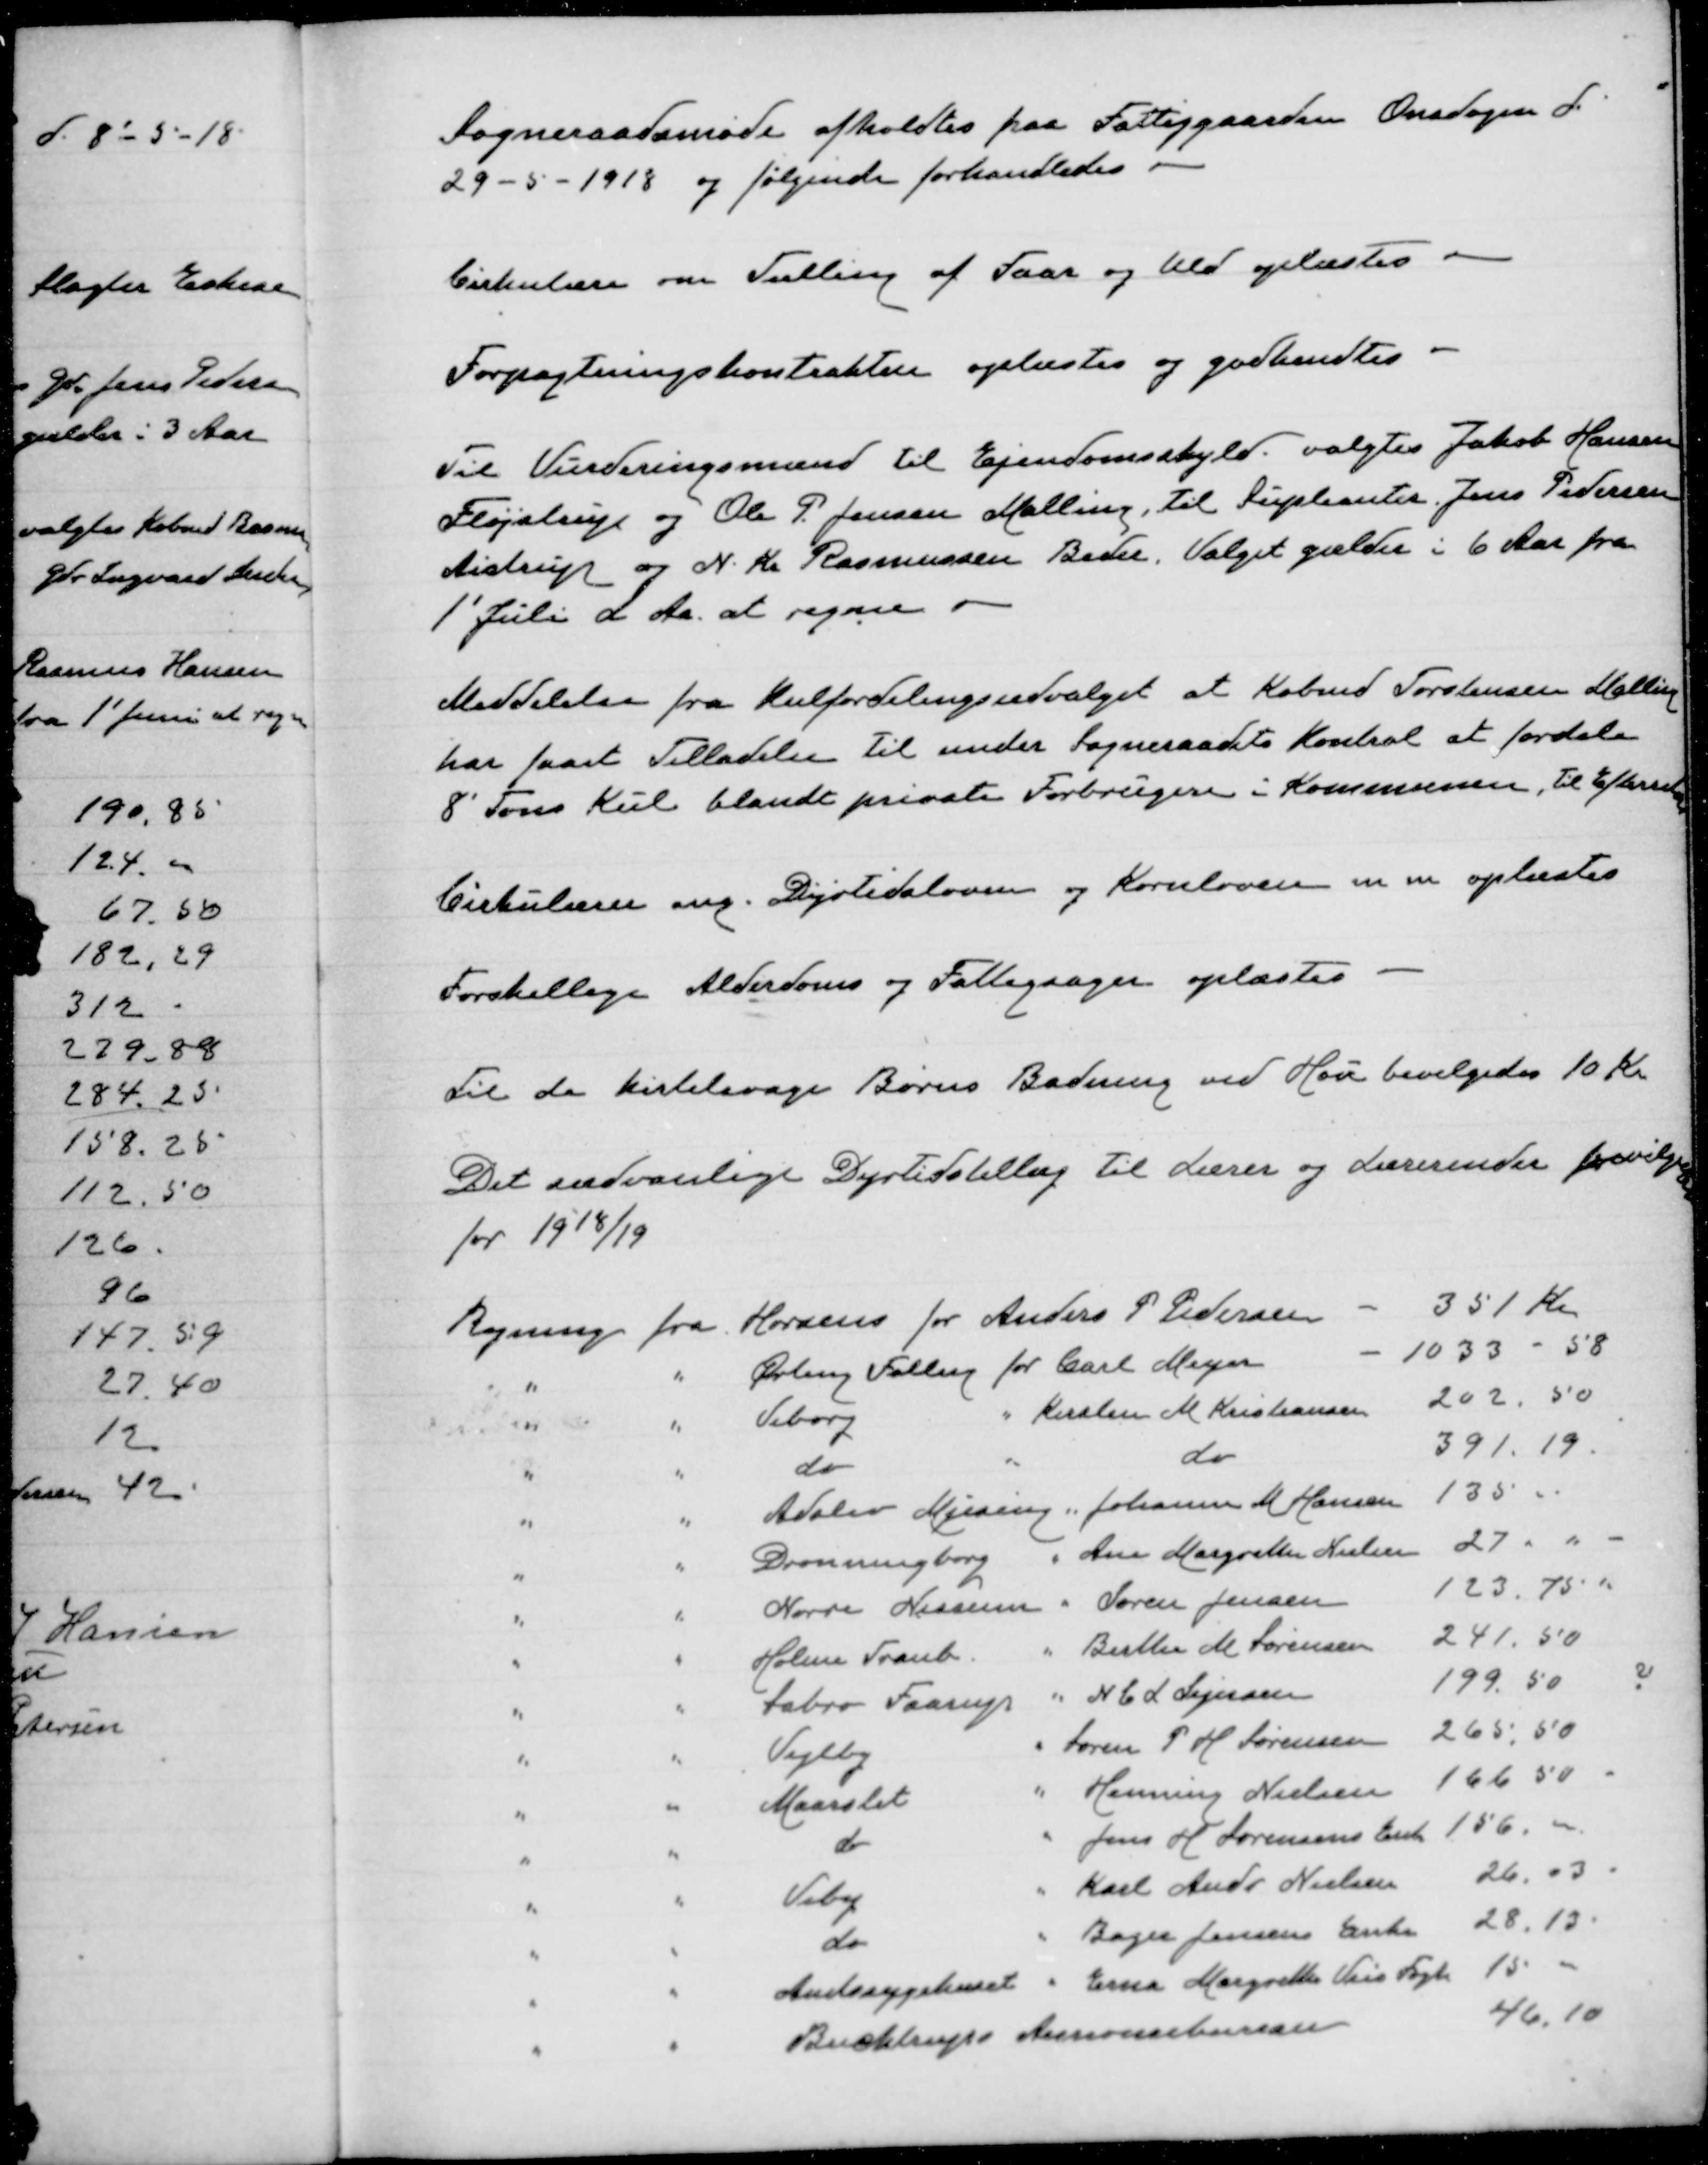
Transskription:
Sogneraadsmøde afholdtes paa Fattiggaarden Onsdagen d.
29-5-1918 og følgende forhandledes

Cirkulære om Tælling af Faar og Kid oplæstes

Forpagtningskontrakten oplæstes og godkendtes

Til Vurderingsmænd til ejendomsskyld valgtes Jakob Hansen
Fløjstrup og Ole P. Jensen Malling, Til supleanter Jens Pedersen
Aistrup og N. K. Rasmussen Beder. Valget gælder i 6 Aar fra
1' Juli d. Aa. at regne

Meddelelse fra kulfordelingsudvalget at Købmd Torstensen Malling
har faaet tilladelse til under sogneraadets Kontrol at fordele
8' ton kul blandt private Forbrugere i Kommunen, til efterretn

Cirkulære ang. Dyrtidsloven og Kornloven m m oplæstes

Forskellige Alderdoms og Fattigsager oplæstes

Til de kirtelsvage Børns Badning ved Hou bevilgedes 10 Kr

Det sædvanlige Dyrtidstillæg til Lærer og Lærerinder bevilgedes
for 1918/19

Regning fra Horsens for Anders P Pedersen
351 Kr
" " Ørting Falling for Carl Meyer
1033 - 58
"
"
Viborg
" Kirsten M Kristiansen 202,50
" " do
"
do
391,19
" " Adslev Mjesing " Johanne M Hansen 135."
" " Dronningborg " Ane Margrethe Nielsen 27. "
" " Nørre Nissum " Søren Jensen 123.75 "
" " Holme Tranb. " Buller M Sørensen 241.50
" " Sabro Faarup " N C L Sejersen
199.50 "
"
"
Vejlby " Søren P H Sørensen 265.50
"
"
Maarslet " Henning Nielsen 166.50
"
"
do " Jens H Sørensens enke 156,"
" " Viby
" Karl Andr Nielsen 26.03 "
" " do
" Bager Jensens enke 28.13 "
" " Amtssygehuset " Erna Margrethe Veis Fogh 15 "
" " Buchtrups Annoncebureau
46,10